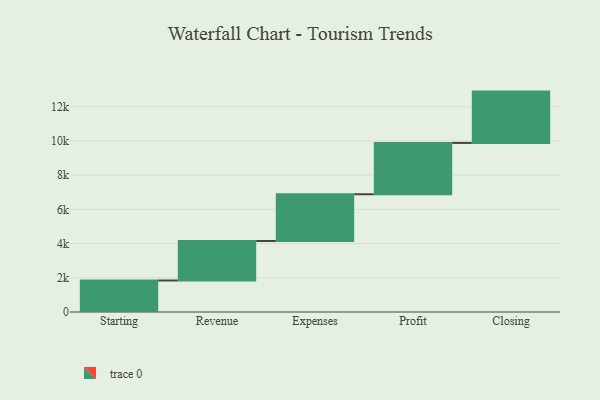
{"axis": {"x": "Step", "y": "Value"}, "legend": [""], "data": [{"x": "Starting", "y": 1841.0, "type": ""}, {"x": "Revenue", "y": 2309.0, "type": ""}, {"x": "Expenses", "y": 2733.0, "type": ""}, {"x": "Profit", "y": 3000, "type": ""}, {"x": "Closing", "y": 3000, "type": ""}]}